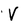
Character: V